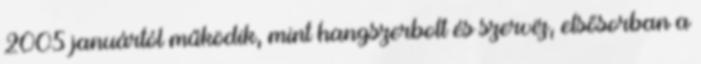
2005 januártól működik, mint hangszerbolt és szerviz, elsősorban a